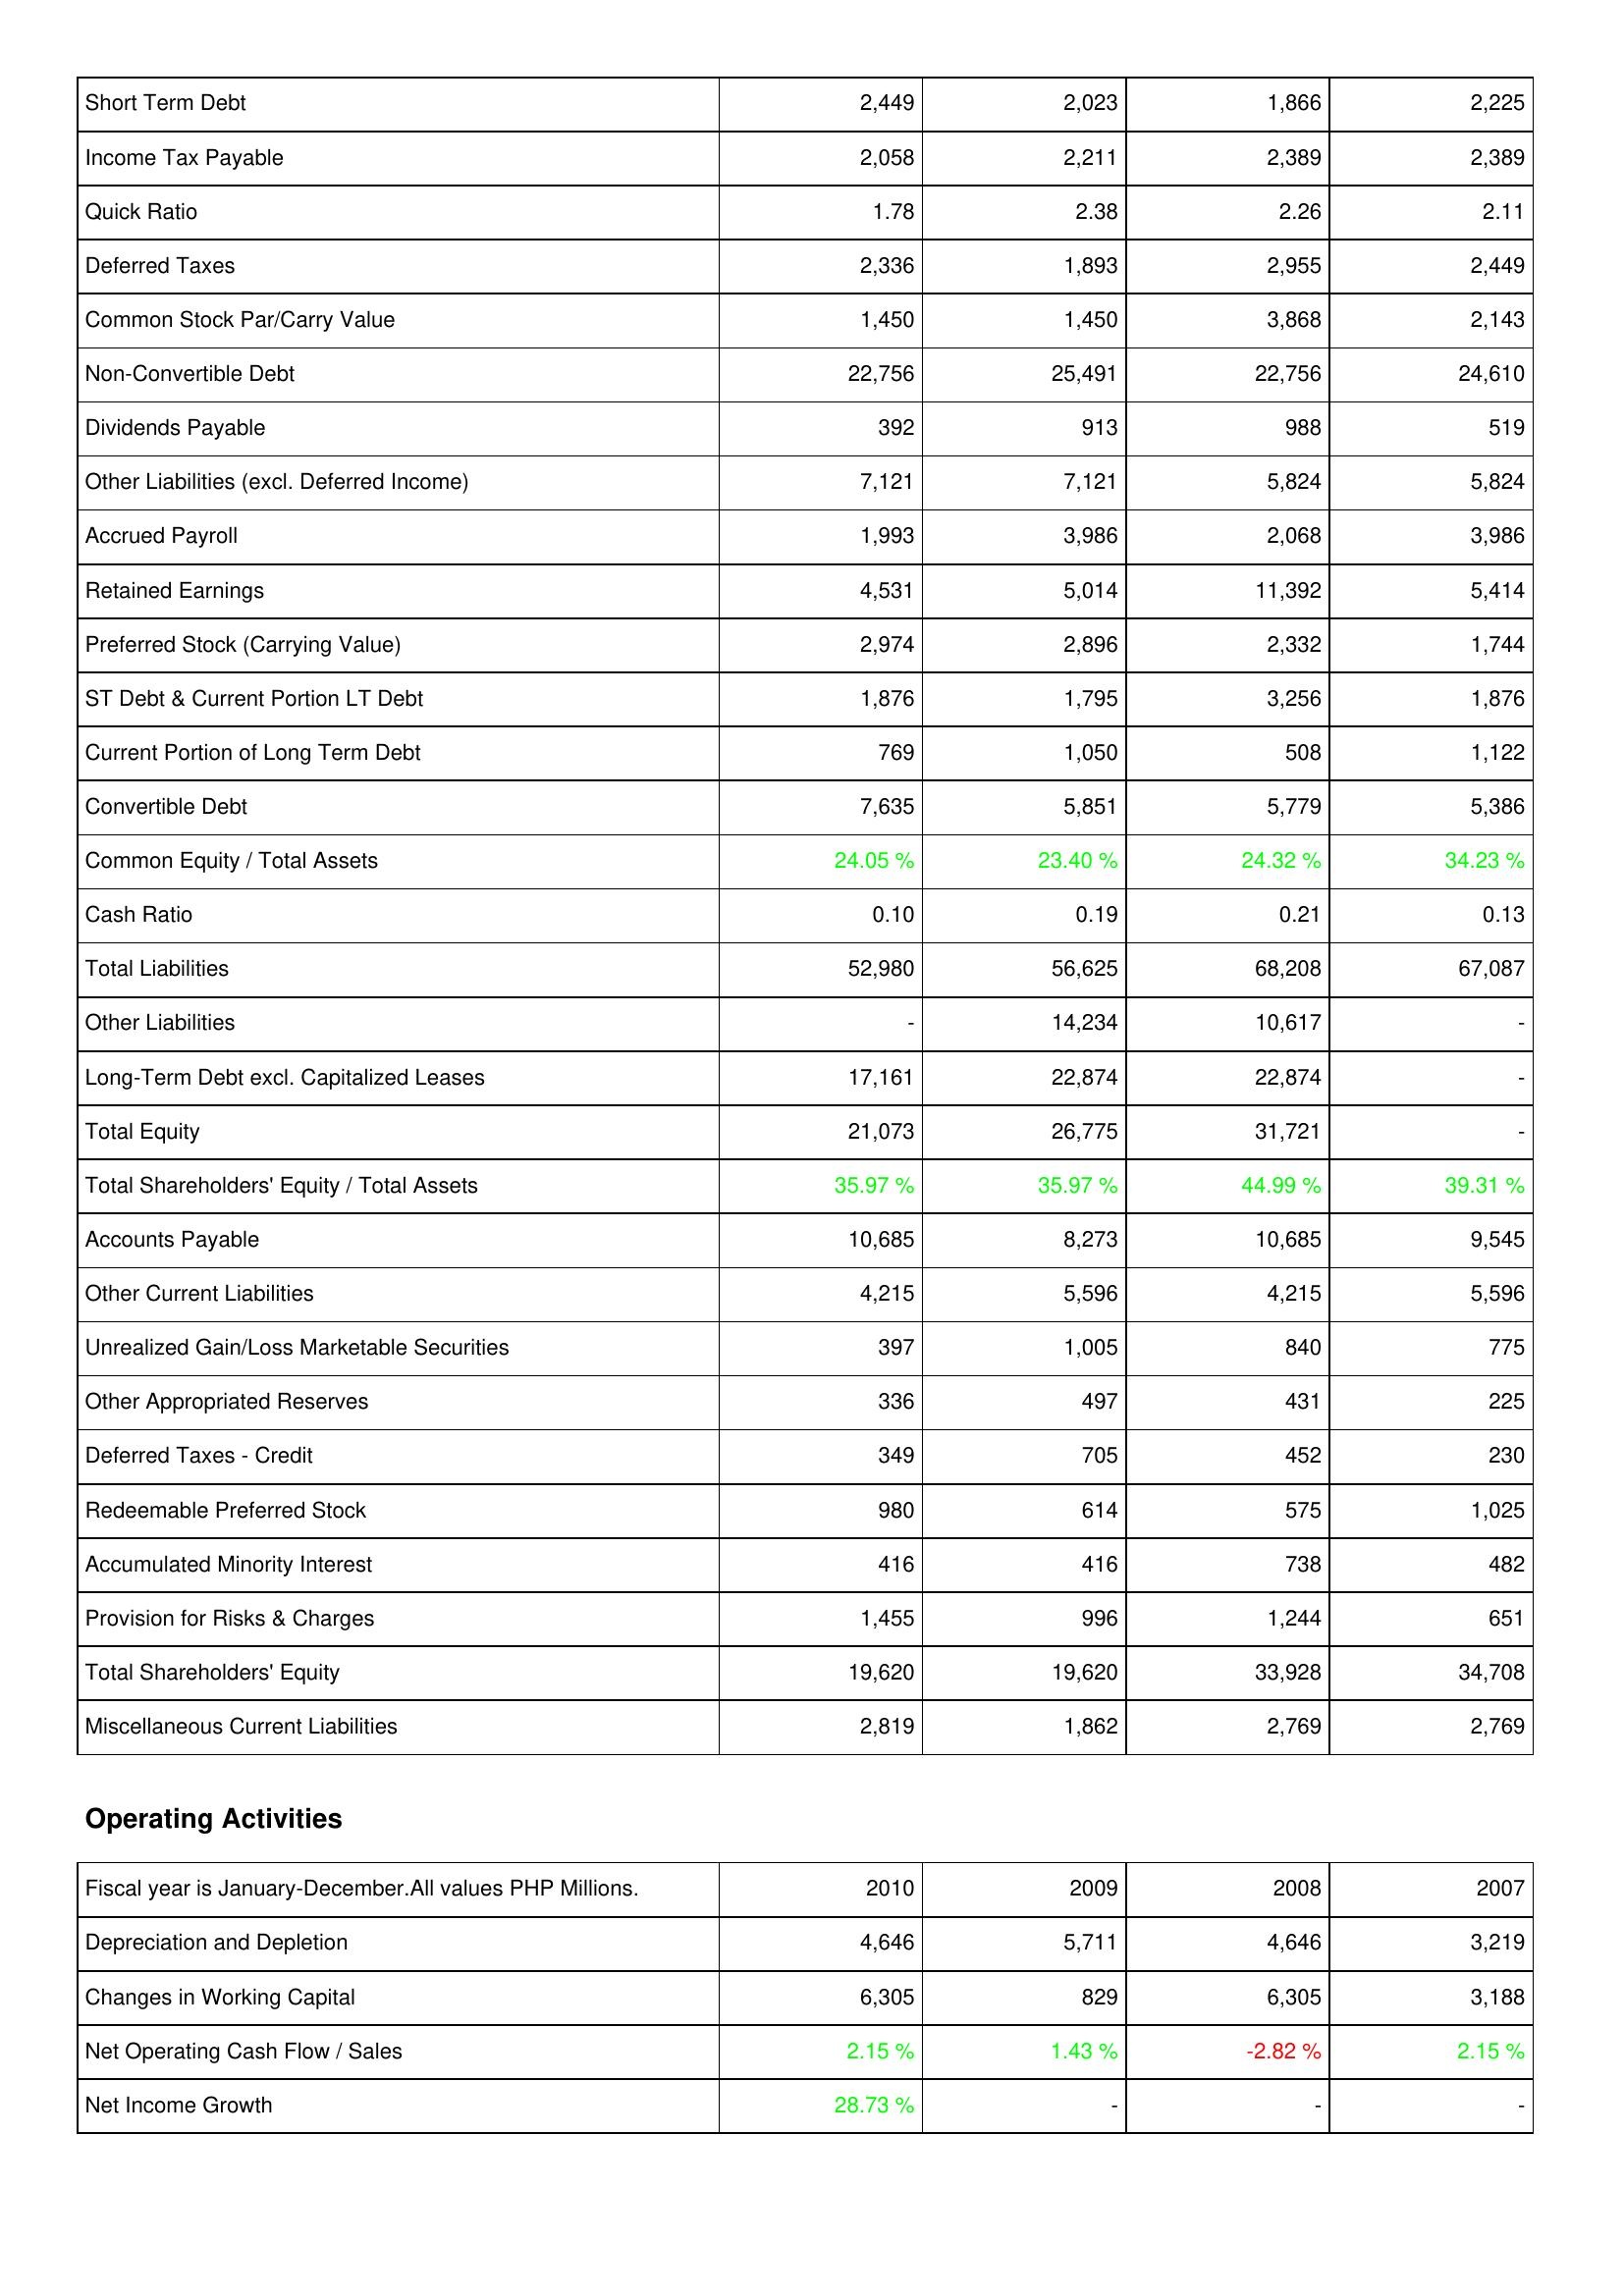
2010: Liabilities & Shareholders' Equity: Short Term Debt: 2,449
Income Tax Payable: 2,058
Quick Ratio: 1.78
Deferred Taxes: 2,336
Common Stock Par/Carry Value: 1,450
Non-Convertible Debt: 22,756
Dividends Payable: 392
Other Liabilities (excl. Deferred Income): 7,121
Accrued Payroll: 1,993
Retained Earnings: 4,531
Preferred Stock (Carrying Value): 2,974
ST Debt & Current Portion LT Debt: 1,876
Current Portion of Long Term Debt: 769
Convertible Debt: 7,635
Common Equity / Total Assets: 24.05 %
Cash Ratio: 0.10
Total Liabilities: 52,980
Other Liabilities: -
Long-Term Debt excl. Capitalized Leases: 17,161
Total Equity: 21,073
Total Shareholders' Equity / Total Assets: 35.97 %
Accounts Payable: 10,685
Other Current Liabilities: 4,215
Unrealized Gain/Loss Marketable Securities: 397
Other Appropriated Reserves: 336
Deferred Taxes - Credit: 349
Redeemable Preferred Stock: 980
Accumulated Minority Interest: 416
Provision for Risks & Charges: 1,455
Total Shareholders' Equity: 19,620
Miscellaneous Current Liabilities: 2,819
Operating Activities: Depreciation and Depletion: 4,646
Changes in Working Capital: 6,305
Net Operating Cash Flow / Sales: 2.15 %
Net Income Growth: 28.73 %
2009: Liabilities & Shareholders' Equity: Short Term Debt: 2,023
Income Tax Payable: 2,211
Quick Ratio: 2.38
Deferred Taxes: 1,893
Common Stock Par/Carry Value: 1,450
Non-Convertible Debt: 25,491
Dividends Payable: 913
Other Liabilities (excl. Deferred Income): 7,121
Accrued Payroll: 3,986
Retained Earnings: 5,014
Preferred Stock (Carrying Value): 2,896
ST Debt & Current Portion LT Debt: 1,795
Current Portion of Long Term Debt: 1,050
Convertible Debt: 5,851
Common Equity / Total Assets: 23.40 %
Cash Ratio: 0.19
Total Liabilities: 56,625
Other Liabilities: 14,234
Long-Term Debt excl. Capitalized Leases: 22,874
Total Equity: 26,775
Total Shareholders' Equity / Total Assets: 35.97 %
Accounts Payable: 8,273
Other Current Liabilities: 5,596
Unrealized Gain/Loss Marketable Securities: 1,005
Other Appropriated Reserves: 497
Deferred Taxes - Credit: 705
Redeemable Preferred Stock: 614
Accumulated Minority Interest: 416
Provision for Risks & Charges: 996
Total Shareholders' Equity: 19,620
Miscellaneous Current Liabilities: 1,862
Operating Activities: Depreciation and Depletion: 5,711
Changes in Working Capital: 829
Net Operating Cash Flow / Sales: 1.43 %
Net Income Growth: -
2008: Liabilities & Shareholders' Equity: Short Term Debt: 1,866
Income Tax Payable: 2,389
Quick Ratio: 2.26
Deferred Taxes: 2,955
Common Stock Par/Carry Value: 3,868
Non-Convertible Debt: 22,756
Dividends Payable: 988
Other Liabilities (excl. Deferred Income): 5,824
Accrued Payroll: 2,068
Retained Earnings: 11,392
Preferred Stock (Carrying Value): 2,332
ST Debt & Current Portion LT Debt: 3,256
Current Portion of Long Term Debt: 508
Convertible Debt: 5,779
Common Equity / Total Assets: 24.32 %
Cash Ratio: 0.21
Total Liabilities: 68,208
Other Liabilities: 10,617
Long-Term Debt excl. Capitalized Leases: 22,874
Total Equity: 31,721
Total Shareholders' Equity / Total Assets: 44.99 %
Accounts Payable: 10,685
Other Current Liabilities: 4,215
Unrealized Gain/Loss Marketable Securities: 840
Other Appropriated Reserves: 431
Deferred Taxes - Credit: 452
Redeemable Preferred Stock: 575
Accumulated Minority Interest: 738
Provision for Risks & Charges: 1,244
Total Shareholders' Equity: 33,928
Miscellaneous Current Liabilities: 2,769
Operating Activities: Depreciation and Depletion: 4,646
Changes in Working Capital: 6,305
Net Operating Cash Flow / Sales: -2.82 %
Net Income Growth: -
2007: Liabilities & Shareholders' Equity: Short Term Debt: 2,225
Income Tax Payable: 2,389
Quick Ratio: 2.11
Deferred Taxes: 2,449
Common Stock Par/Carry Value: 2,143
Non-Convertible Debt: 24,610
Dividends Payable: 519
Other Liabilities (excl. Deferred Income): 5,824
Accrued Payroll: 3,986
Retained Earnings: 5,414
Preferred Stock (Carrying Value): 1,744
ST Debt & Current Portion LT Debt: 1,876
Current Portion of Long Term Debt: 1,122
Convertible Debt: 5,386
Common Equity / Total Assets: 34.23 %
Cash Ratio: 0.13
Total Liabilities: 67,087
Other Liabilities: -
Long-Term Debt excl. Capitalized Leases: -
Total Equity: -
Total Shareholders' Equity / Total Assets: 39.31 %
Accounts Payable: 9,545
Other Current Liabilities: 5,596
Unrealized Gain/Loss Marketable Securities: 775
Other Appropriated Reserves: 225
Deferred Taxes - Credit: 230
Redeemable Preferred Stock: 1,025
Accumulated Minority Interest: 482
Provision for Risks & Charges: 651
Total Shareholders' Equity: 34,708
Miscellaneous Current Liabilities: 2,769
Operating Activities: Depreciation and Depletion: 3,219
Changes in Working Capital: 3,188
Net Operating Cash Flow / Sales: 2.15 %
Net Income Growth: -